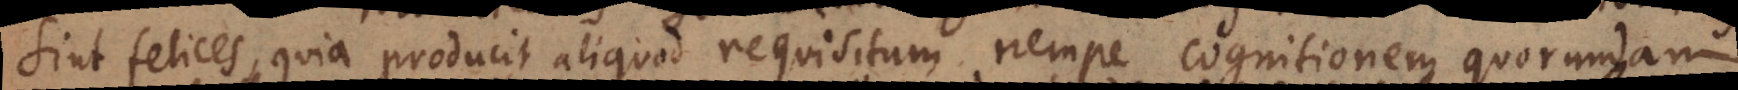
sint felices, quia producit aliquod requisitum nempe cognitionem quorundam